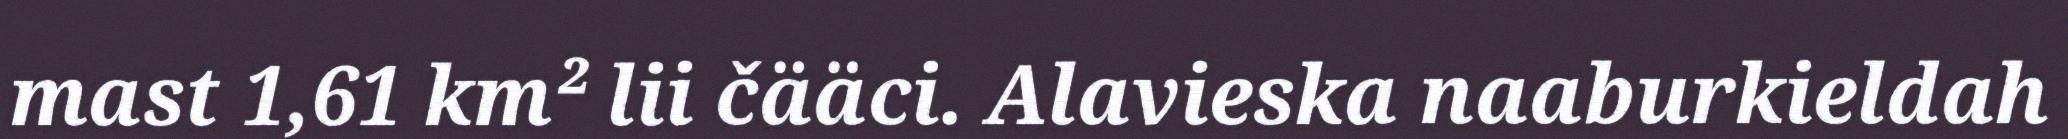
mast 1,61 km² lii čääci. Alavieska naaburkieldah